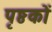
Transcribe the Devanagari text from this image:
पृष्ठकों